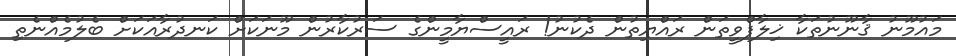
މައުމޫނު ޤާނޫނުތަކާ ޚިލާފްވީތަން ރައްޔިތުން ދެކުނު! ރައީސްޔާމީންގެ ސަރުކާރުން މޫނަކަށް ކަނދުރާއަކަށް ބެލުމެއްނެތި